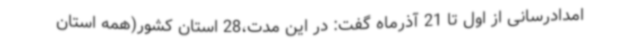
امدادرسانی از اول تا 21 آذرماه گفت: در این مدت،28 استان کشور(همه استان